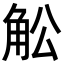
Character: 䚗